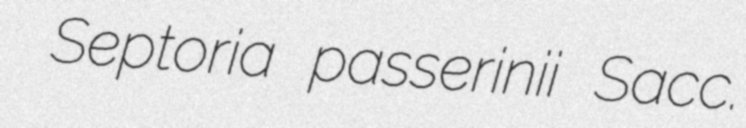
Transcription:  Septoria passerinii Sacc.